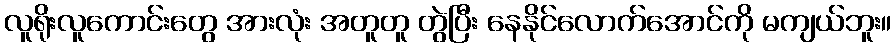
လူရိုးလူကောင်းတွေ အားလုံး အတူတူ တွဲပြီး နေနိုင်လောက်အောင်ကို မကျယ်ဘူး။